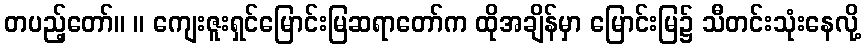
တပည့်တော်။ ။ ကျေးဇူးရှင်မြောင်းမြဆရာတော်က ထိုအချိန်မှာ မြောင်းမြ၌ သီတင်းသုံးနေလို့